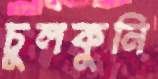
চুলকুনি